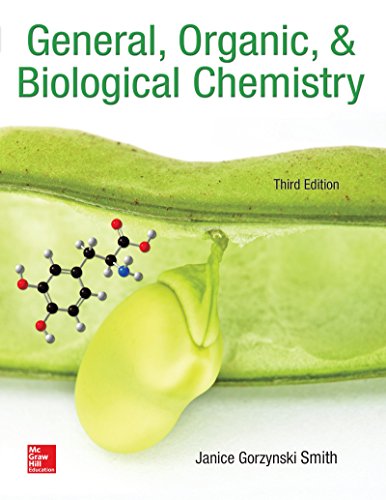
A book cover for General, Organic, & Biological Chemistry; Janice Smith; Science & Math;